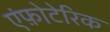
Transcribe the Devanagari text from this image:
एंफ़ोटेरिक